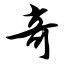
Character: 奇